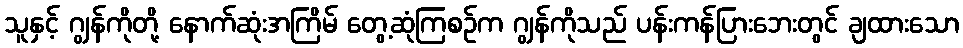
သူနှင့် ဂျွန်ကိုတို့ နောက်ဆုံးအကြိမ် တွေ့ဆုံကြစဉ်က ဂျွန်ကိုသည် ပန်းကန်ပြားဘေးတွင် ချထားသော